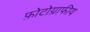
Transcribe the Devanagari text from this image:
फ़ोटोग्राफीय